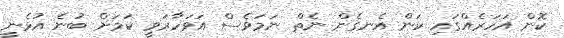
ކޮން އަހަރެއްގައި ކަން އެނގެން ނެތް ނަމަވެސް އަވަހާރަވީ ކަމަށް ބުނެ އުޅެނީ